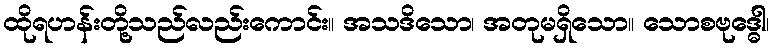
ထိုရဟန်းတို့သည်လည်းကောင်း။ အသဒိသော၊ အတုမရှိသော။ သောစဗုဒ္ဓေါ၊